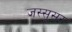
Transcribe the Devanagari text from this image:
जस्सूसर